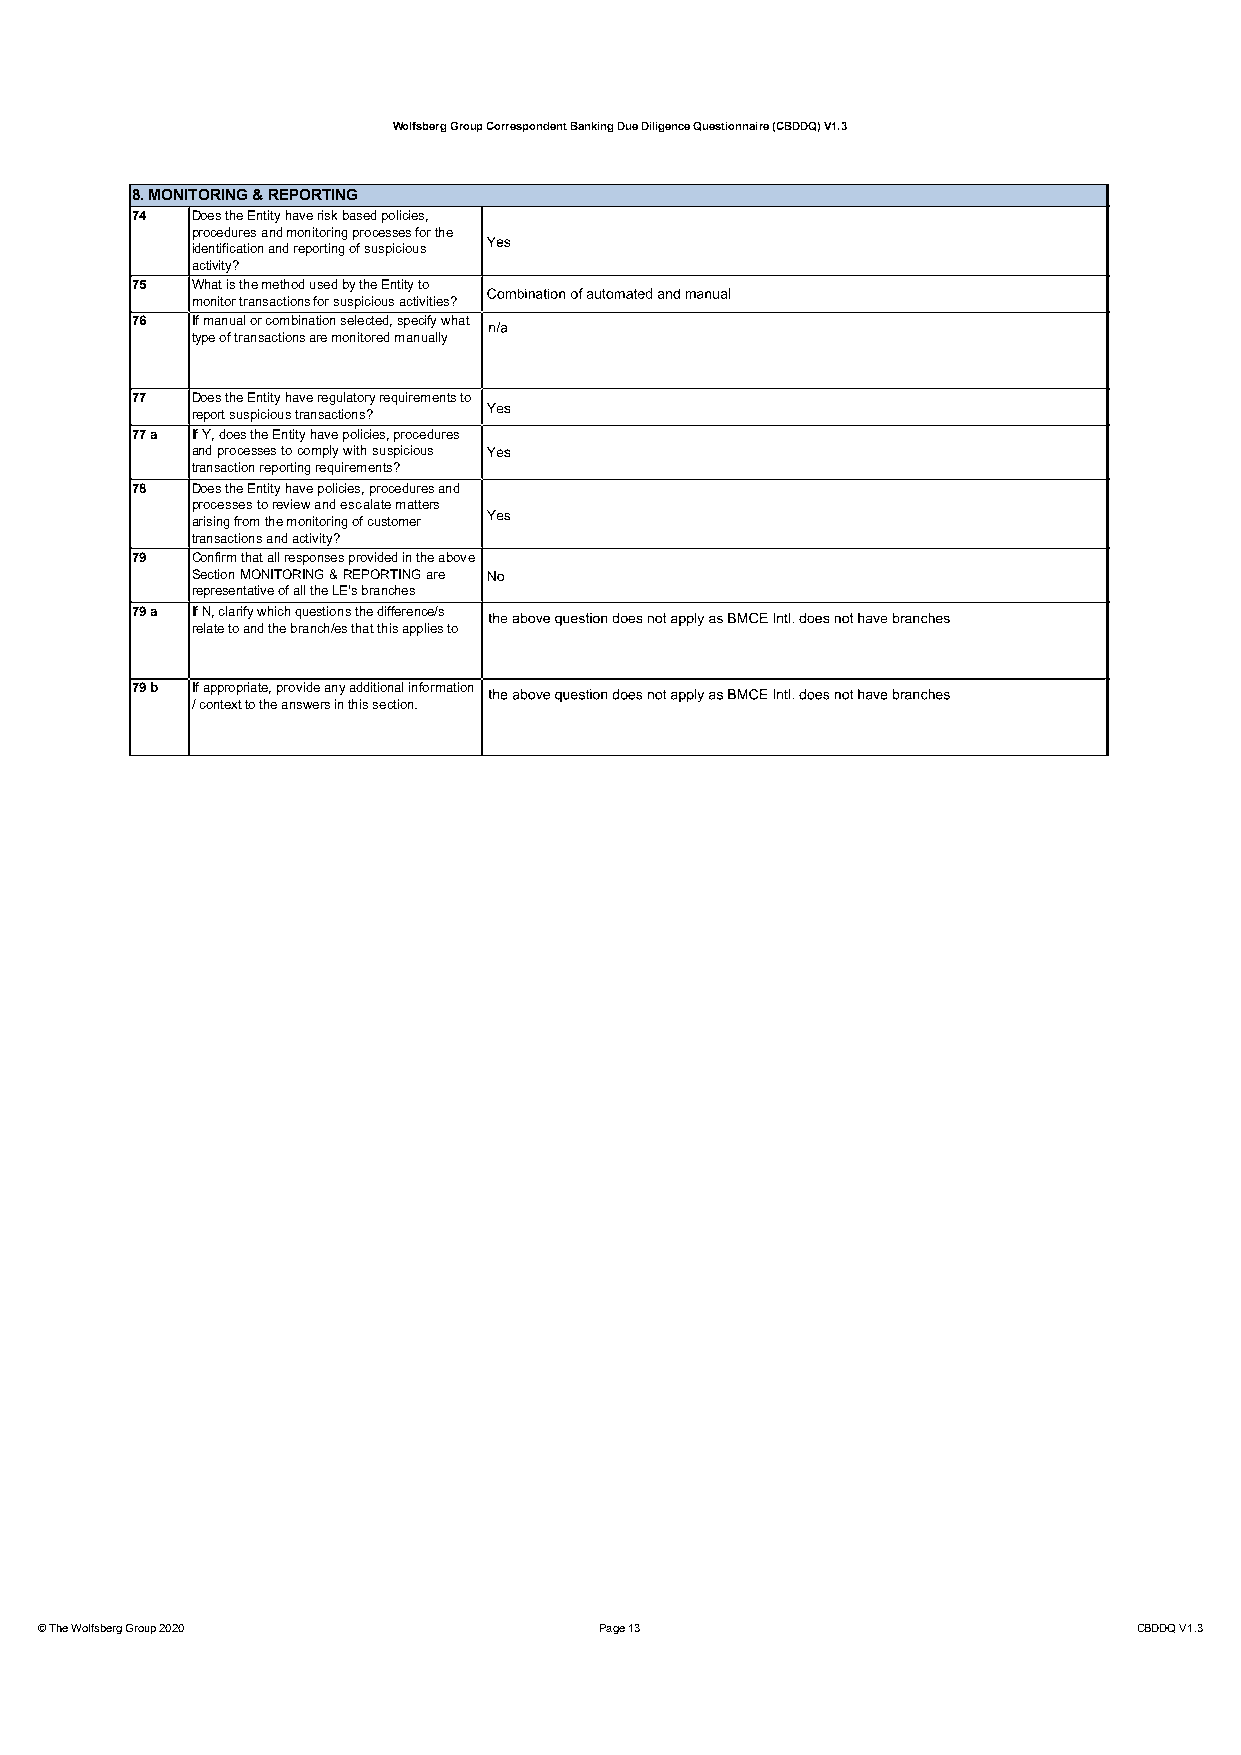
Wolfsberg Group Correspondent Banking Due Diligence Questionnaire (CBDDQ) V1.3
 8. MONITORING & REPORTING
 74  Does the Entity have risk based policies,
 procedures and monitoring processes for the
 identification and reporting of suspicious
 activity?
 75  What is the method used by the Entity to
 monitor transactions for suspicious activities?
 76  Ifmanual or combination selected, specify what
 type of transactions are monitored manually
 77  Does the Entity have regulatory requirements to
 report suspicious transactions?
 77 a If Y, does the Entity have policies, procedures
 andprocessestocomplywithsuspicious
 transaction reporting requirements?
 78  Does the Entity have policies, procedures and
 processes to reviewandescalatematters
 arising from the monitoring of customer
 transactions and activity?
 79  Confirm that all responses provided in the above
 SectionMONITORING&REPORTINGare
 representative of all the LE's branches
 79 a If N, clarify which questions the difference/s
 relate to and the branch/es that this applies to
 79 b If appropriate, provide any additional information
 / context to the answers in this section.
 © The Wolfsberg Group 2020            Page 13                            CBDDQ V1.3